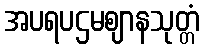
အပရပဌမဈာနသုတ္တံ